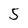
Character: 5